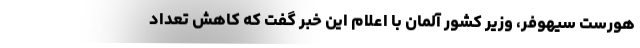
هورست سیهوفر، وزیر کشور آلمان با اعلام این خبر گفت که کاهش تعداد